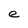
Character: e